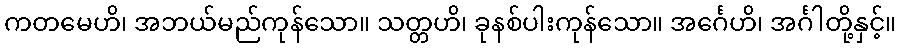
ကတမေဟိ၊ အဘယ်မည်ကုန်သော။ သတ္တဟိ၊ ခုနစ်ပါးကုန်သော။ အင်္ဂေဟိ၊ အင်္ဂါတို့နှင့်။